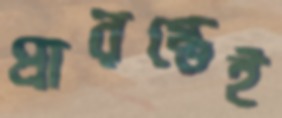
প্রারম্ভেই